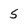
Character: 5